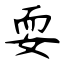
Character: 耍